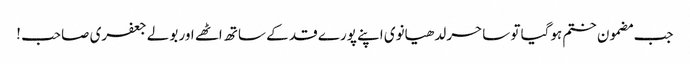
جب مضمون ختم ہوگیا تو ساحر لدھیانوی اپنے پورے قد کے ساتھ اٹھے اور بولے جعفری صاحب !